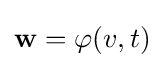
\mathbf {w} =\varphi (v,t)